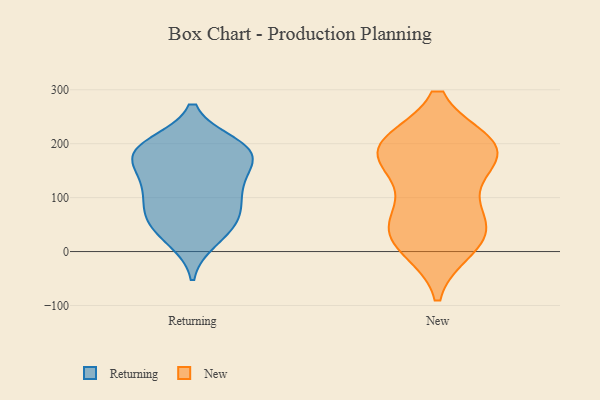
{"axis": {"x": "Headcount", "y": "Value"}, "legend": ["New", "Returning"], "data": [{"x": "", "y": 187, "type": "Returning"}, {"x": "", "y": 109, "type": "Returning"}, {"x": "", "y": 190, "type": "Returning"}, {"x": "", "y": 31, "type": "Returning"}, {"x": "", "y": 177, "type": "Returning"}, {"x": "", "y": 115, "type": "Returning"}, {"x": "", "y": 191, "type": "Returning"}, {"x": "", "y": 73, "type": "Returning"}, {"x": "", "y": 144, "type": "Returning"}, {"x": "", "y": 21, "type": "Returning"}, {"x": "", "y": 54, "type": "Returning"}, {"x": "", "y": 63, "type": "Returning"}, {"x": "", "y": 163, "type": "Returning"}, {"x": "", "y": 78, "type": "Returning"}, {"x": "", "y": 189, "type": "Returning"}, {"x": "", "y": 127, "type": "Returning"}, {"x": "", "y": 199, "type": "Returning"}, {"x": "", "y": 192, "type": "New"}, {"x": "", "y": 52, "type": "New"}, {"x": "", "y": 175, "type": "New"}, {"x": "", "y": 54, "type": "New"}, {"x": "", "y": 187, "type": "New"}, {"x": "", "y": 196, "type": "New"}, {"x": "", "y": 187, "type": "New"}, {"x": "", "y": 30, "type": "New"}, {"x": "", "y": 111, "type": "New"}, {"x": "", "y": 10, "type": "New"}, {"x": "", "y": 24, "type": "New"}, {"x": "", "y": 195, "type": "New"}]}